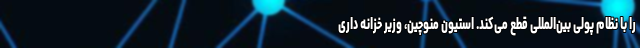
را با نظام پولی بین‌المللی قطع می‌کند. استیون منوچین، وزیر خزانه داری